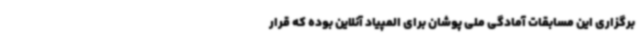
برگزاری این مسابقات آمادگی ملی پوشان برای المپیاد آنلاین بوده که قرار